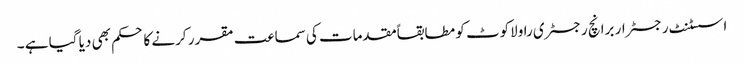
اسسٹنٹ رجسٹرار برانچ رجسٹری راولاکوٹ کو مطابقاًمقدمات کی سماعت مقرر کرنے کا حکم بھی دیا گیا ہے ۔